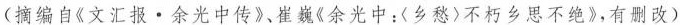
(摘编自《文汇报。余光中传》、崔巍《余光中：〈乡愁)不朽乡思不绝》，有删改)